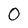
Character: O